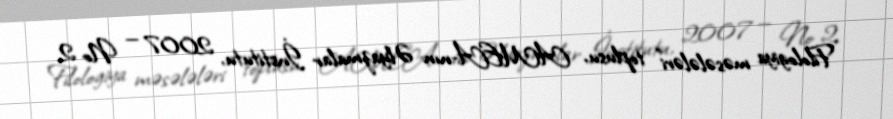
Filologiya məsələləri" toplusu, AMEA-nın Əlyazmalar İnstitutu, 2007 — № 2